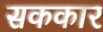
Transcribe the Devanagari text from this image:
सककार